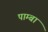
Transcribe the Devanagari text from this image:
पाम्बा